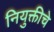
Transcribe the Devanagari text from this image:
नियुक्तीचे